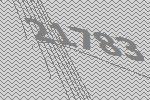
21783